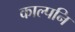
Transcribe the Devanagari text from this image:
काल्पनि